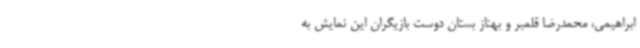
ابراهیمی، محمدرضا قلمبر و بهناز بستان دوست بازیگران این نمایش به